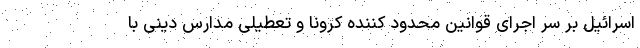
اسرائیل بر سر اجرای قوانین محدود کننده کرونا و تعطیلی مدارس دینی با